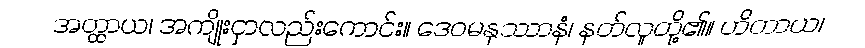
အတ္ထာယ၊ အကျိုးငှာလည်းကောင်း။ ဒေဝမနုဿာနံ၊ နတ်လူတို့၏။ ဟိတာယ၊